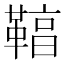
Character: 𩋻